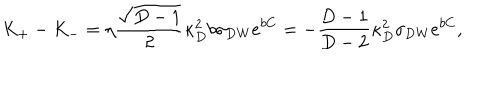
LaTeX: K _ { + } - K _ { - } = \eta { \frac { \sqrt { D - 1 } } { 2 } } \kappa _ { D } ^ { 2 } b \sigma _ { \mathrm { D W } } e ^ { b C } = - { \frac { D - 1 } { D - 2 } } \kappa _ { D } ^ { 2 } \sigma _ { \mathrm { D W } } e ^ { b C } ,